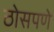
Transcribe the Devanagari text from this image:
ठोसपणे